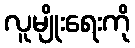
လူမျိုးရေးကို